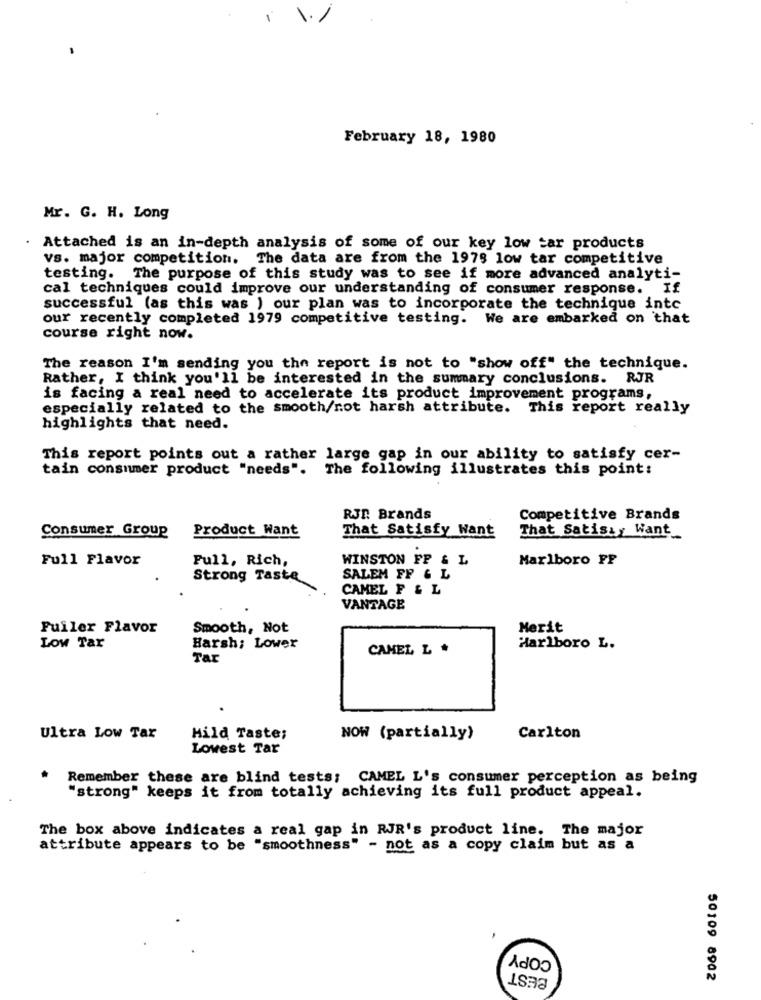
February 18, 1980
Mr. G. H. Long
. Attached is an in-depth analysis of some of our key low tar products
vs. major competition. The data are from the 1975 low tar competitive
testing.
The purpose of this study was to see if more advanced analyti-
cal techniques could improve our understanding of consumer response. If
successful (as this was ) our plan was to incorporate the technique intc
our recently completed 1979 competitive testing. We are embarked on that
course right now.
The reason I'm sending you the report is not to "show off" the technique.
Rather, I think you'll be interested in the summary conclusions. RJR
is facing a real need to accelerate its product improvement programs,
especially related to the smooth/not harsh attribute. This report really
highlights that need.
This report points out a rather large gap in our ability to satisfy cer-
tain consumer product "needs". The following illustrates this point:
RJI. Brands
Competitive Brands
Product Want
That Satisfy Want
Consumer Group
That Satisay Want
Full Flavor
Full, Rich,
WINSTON FP & L
Marlboro FF
Strong Taste
SALEM FF & L
CAMEL F & L
VANTAGE
Fuiler Flavor
Smooth, Not
Merit
Low Tar
Harsh; Lower
CAMEL L .
Marlboro L.
Tar
Ultra Low Tax
Hild Taste;
NOW (partially)
Carlton
Lowest Tar
Remember these are blind tests; CAMEL L's consumer perception as being
"strong" keeps it from totally achieving its full product appeal.
The box above indicates a real gap in RJR's product line. The major
attribute appears to be "smoothness" - not as a copy claim but as a
COPY
50109 8902